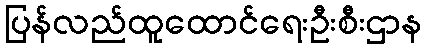
ပြန်လည်ထူထောင်ရေးဦးစီးဌာန